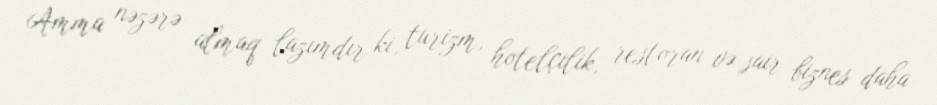
Amma nəzərə almaq lazımdır ki, turizm, hotelçilik, restoran və sair biznes daha